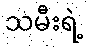
သမီးရဲ့